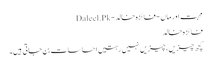
محبت اور ماں - فائزہ خالد - Daleel.Pk
فائزہ خالد
کچھ چیزیں، چیزیں نہیں رہتیں احساسات بن جاتی ہیں۔